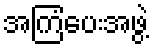
အကြံပေးအဖွဲ့